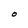
Character: O